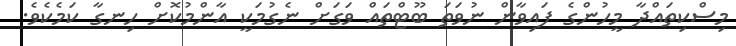
މިސްކިތައްދާ މީހުންގެ ފައިވާން ނުވަތަ ބޫޓްތައް ވަގަށް ނެގުމަކީ އާންމުކޮށް ހިނގާ ކަމެކެވެ.